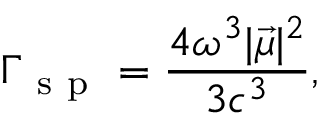
\Gamma _ { \mathrm { ~ s ~ p ~ } } = \frac { 4 \omega ^ { 3 } | \vec { \mu } | ^ { 2 } } { 3 c ^ { 3 } } ,